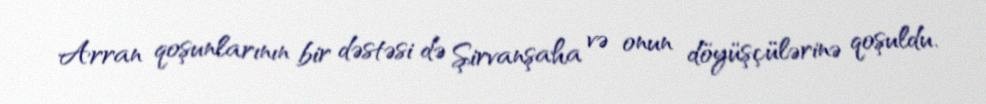
Arran qoşunlarının bir dəstəsi də Şirvanşaha və onun döyüşçülərinə qoşuldu.